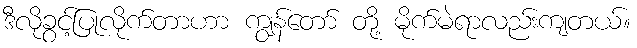
ဒီလိုခွင့်ပြုလိုက်တာဟာ ကျွန်တော် တို့ မိုက်မဲရာလည်းကျတယ်။